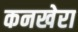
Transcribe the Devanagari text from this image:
कनखेरा